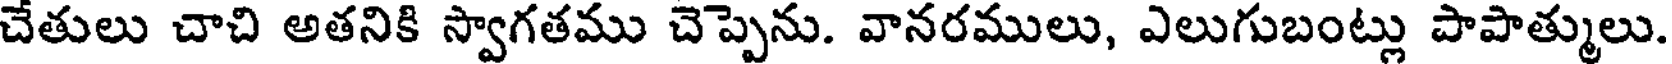
చేతులు చాచి అతనికి స్వాగతము చెప్పెను. వానరములు, ఎలుగుబంట్లు పాపాత్ములు.